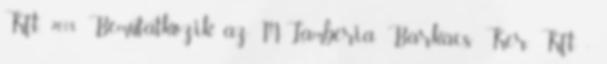
Kft., 2018 Bemutatkozik az M-Lambéria Barkács Ker. Kft. -